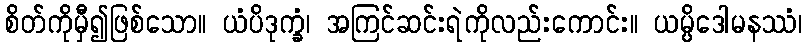
စိတ်ကိုမှီ၍ဖြစ်သော။ ယံပိဒုက္ခံ၊ အကြင်ဆင်းရဲကိုလည်းကောင်း။ ယမ္ပိဒေါမနဿံ၊